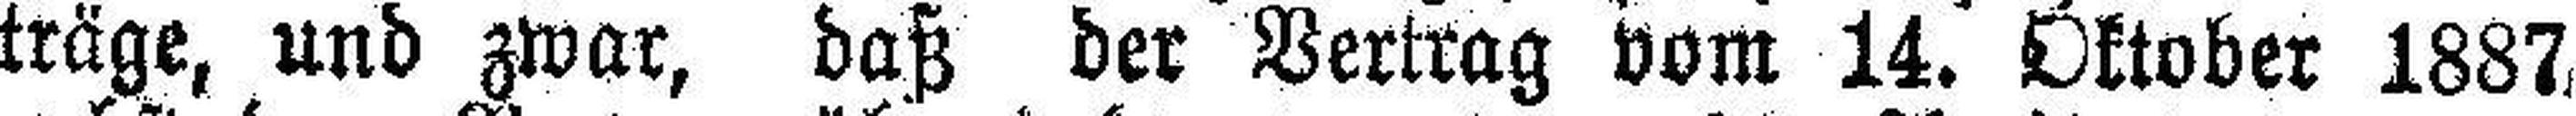
träge, und zwar, daß der Vertrag vom 14. Oktober 1887